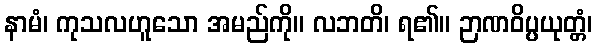
နာမံ၊ ကုသလဟူသော အမည်ကို။ လဘတိ၊ ရ၏။ ဉာဏဝိပ္ပယုတ္တံ၊